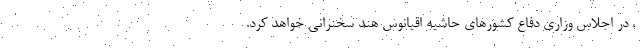
، در اجلاس وزاری دفاع کشورهای حاشیه اقیانوس هند سخنرانی خواهد کرد.